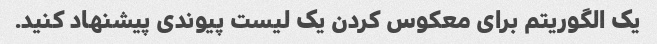
یک الگوریتم برای معکوس کردن یک لیست پیوندی پیشنهاد کنید.